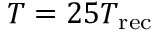
T = 2 5 T _ { \mathrm { r e c } }